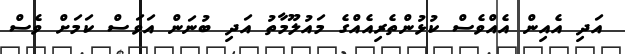
އަދި އެއިން އެއްވެސް ކުޅުންތެރިއެއްގެ މައުލޫމާތު އަދި ބުނަން އަވަސް ކަމަށް ވެސް